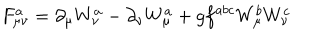
LaTeX: F _ { \mu \nu } ^ { a } = \partial _ { \mu } W _ { \nu } ^ { a } - \partial _ { \nu } W _ { \mu } ^ { a } + g f ^ { a b c } W _ { \mu } ^ { b } W _ { \nu } ^ { c }